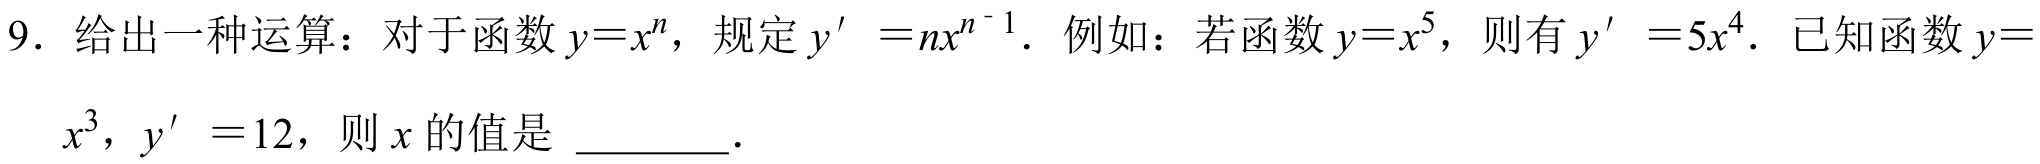
9. 给出一种运算：对于函数\(y = x^{n}\)，规定\(y'=nx^{n - 1}\). 例如：若函数\(y = x^{5}\)，则有\(y' = 5x^{4}\). 已知函数\(y = x^{3}\)，\(y' = 12\)，则\(x\)的值是 ________.